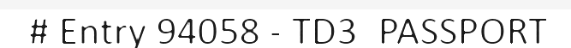
# Entry 94058 - TD3_PASSPORT